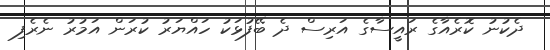
ދެކުނު ކޮރެއާގެ ރައީސާގެ އަރިސް ދެ ބޭފުޅަކު ހައްޔަރު ކުރަން އަމުރު ނެރެފި